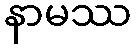
နာမဿ